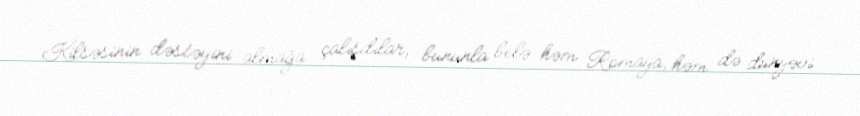
Kilsəsinin dəstəyini almağa çalışdılar, bununla belə həm Romaya, həm də dünyəvi